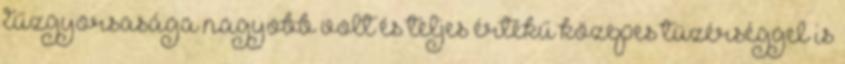
tűzgyorsasága nagyobb volt és teljes értékű közepes tüzérséggel is